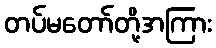
တပ်မတော်တို့အကြား